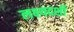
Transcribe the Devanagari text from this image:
लक्ष्यदर्शी